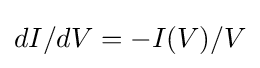
dI/dV=-I(V)/V